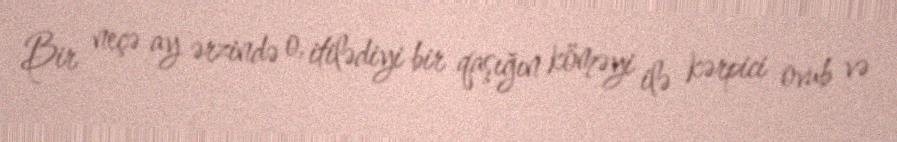
Bir neçə ay ərzində o, itilədiyi bir qaşığın köməyi ilə kərpici ovub və